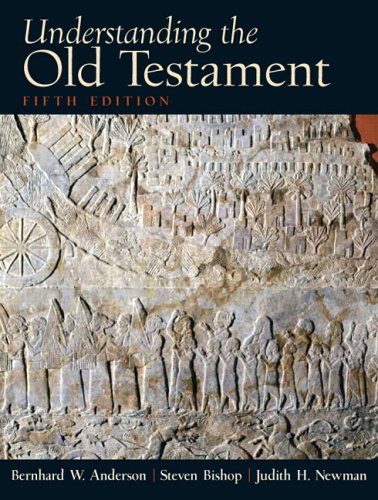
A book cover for Understanding the Old Testament (5th Edition); Bernhard W. Anderson; Religion & Spirituality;